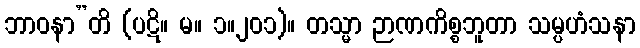
ဘာဝနာ”တိ (ပဋိ။ မ။ ၁။၂၀၁)။ တသ္မာ ဉာဏကိစ္စဘူတာ သမ္ပဟံသနာ